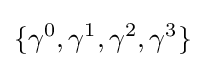
\{\gamma ^{0},\gamma ^{1},\gamma ^{2},\gamma ^{3}\}